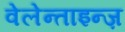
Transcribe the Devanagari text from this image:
वेलेन्ताइन्ज़